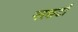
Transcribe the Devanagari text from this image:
नरकटों